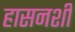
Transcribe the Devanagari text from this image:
हासनशी